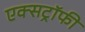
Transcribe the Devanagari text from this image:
एक्सट्रॉफी